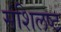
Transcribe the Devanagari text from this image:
संशिलष्ट